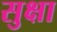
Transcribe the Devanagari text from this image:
सुक्षा